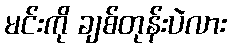
မင်းကို ချစ်တုန်းပဲလား